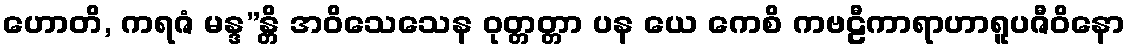
ဟောတိ, ကရဇံ မန္ဒ”န္တိ အဝိသေသေန ဝုတ္တတ္တာ ပန ယေ ကေစိ ကဗဠီကာရာဟာရူပဇီဝိနော